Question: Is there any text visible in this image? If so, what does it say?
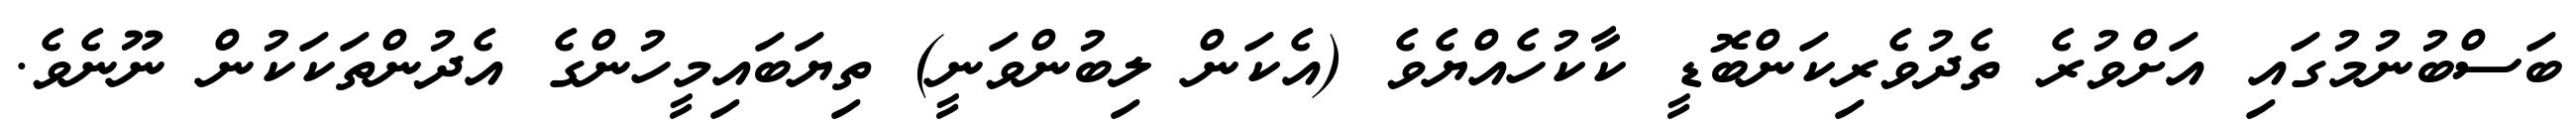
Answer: ބަސްބުނުމުގައި އަށްވުރެ ތެދުވެރިކަންބޮޑީ ކާކުހެއްޔެވެ (އެކަން ލިބުންވަނީ) ތިޔަބައިމީހުންގެ އެދުންތަކަކުން ނޫނެވެ.